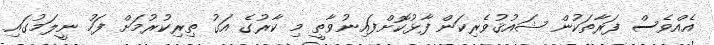
އެއްވެސް ފަރާތަކުން ޝައުޤުވެރިކަން ފާޅުކޮށްފައިނުވާތީ މި ކާރުގެ އަގު ތިރިކުރުމަށް ފަހު ނީލަމުގައި